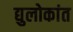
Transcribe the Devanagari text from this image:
द्युलोकांत